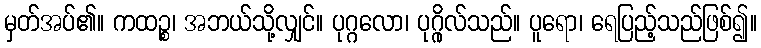
မှတ်အပ်၏။ ကထဉ္စ၊ အဘယ်သို့လျှင်။ ပုဂ္ဂလော၊ ပုဂ္ဂိုလ်သည်။ ပူရော၊ ရေပြည့်သည်ဖြစ်၍။